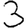
Digit: 3